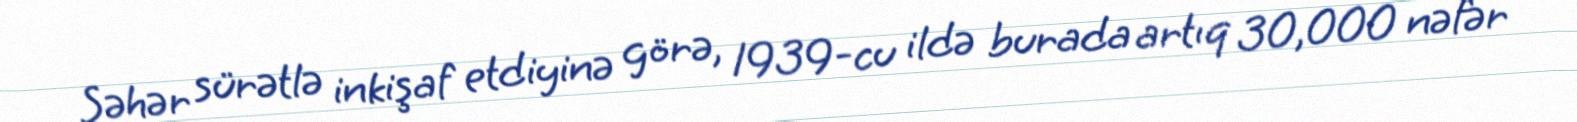
Şəhər sürətlə inkişaf etdiyinə görə, 1939-cu ildə burada artıq 30,000 nəfər